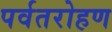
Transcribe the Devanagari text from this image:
पर्वतरोहण